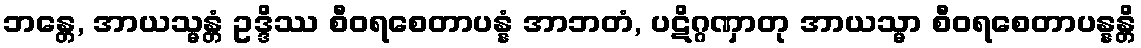
ဘန္တေ, အာယသ္မန္တံ ဥဒ္ဒိဿ စီဝရစေတာပန္နံ အာဘတံ, ပဋိဂ္ဂဏှာတု အာယသ္မာ စီဝရစေတာပန္နန္တိ